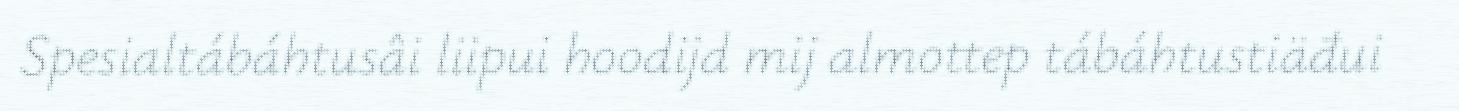
Spesialtábáhtusâi liipui hoodijd mij almottep tábáhtustiäđui